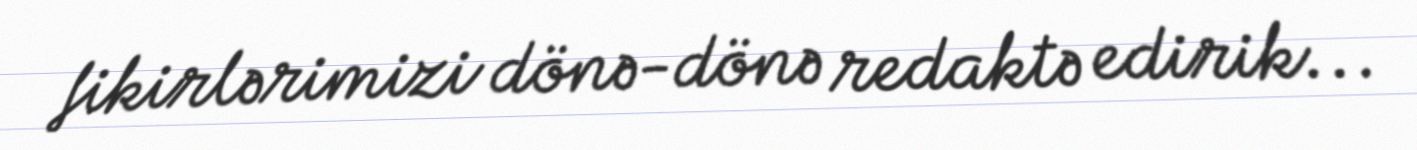
fikirlərimizi dönə-dönə redaktə edirik...